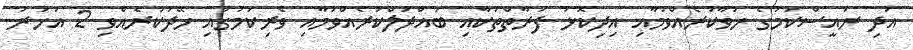
އަދި ރައީސްކަމުގެ ހުވާކުރެއްވުމާއި އިދިކޮޅު ފަރާތްތަކާއި ބައްދަލްކުރެއްވުމާއި ވެރިކަމުގައި ހޭދަކުރެއްވި 2 އަހަރު